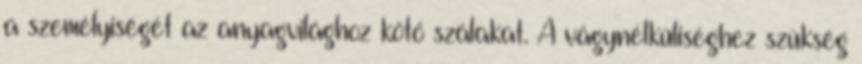
a személyiségét az anyagvilághoz kötő szálakat. A vágynélküliséghez szükség